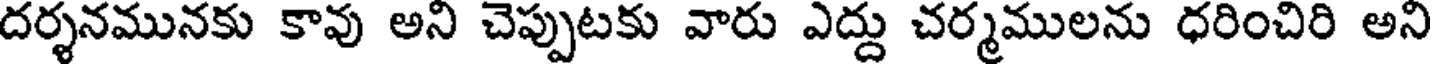
దర్శనమునకు కావు అని చెప్పుటకు వారు ఎద్దు చర్మములను ధరించిరి అని